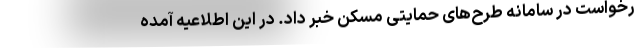
رخواست در سامانه طرح‌های حمایتی مسکن خبر داد. در این اطلاعیه آمده